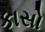
કાસો